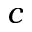
c